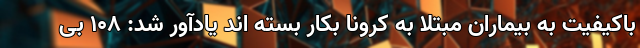
باکیفیت به بیماران مبتلا به کرونا بکار بسته اند یادآور شد: ۱۰۸ بی